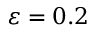
\varepsilon = 0 . 2